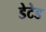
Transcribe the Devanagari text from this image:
डेटेड